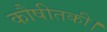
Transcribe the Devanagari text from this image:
कौषीतकी।